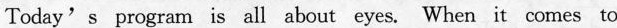
Today's program is a about eyes. When it omes to